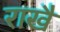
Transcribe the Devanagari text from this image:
राखै